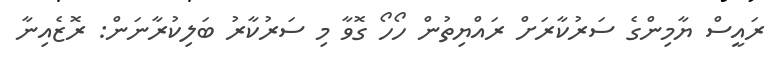
ރައީސް ޔާމިންގެ ސަރުކާރަށް ރައްޔިތުން ހޯހޯ ގޮވާ މިި ސަރުކާރު ބަލިކުރާނަން: ރޮޒެއިނާ